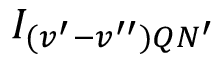
I _ { ( v ^ { \prime } - v ^ { \prime \prime } ) Q N ^ { \prime } }